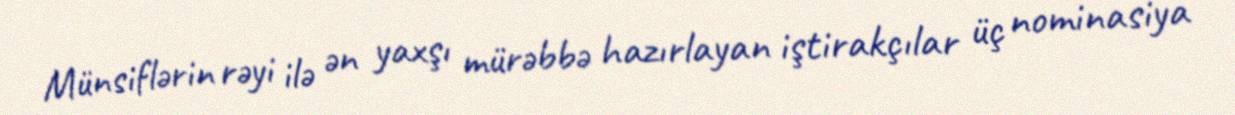
Münsiflərin rəyi ilə ən yaxşı mürəbbə hazırlayan iştirakçılar üç nominasiya